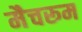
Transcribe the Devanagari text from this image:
मैचरूम